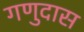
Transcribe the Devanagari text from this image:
गणुदास